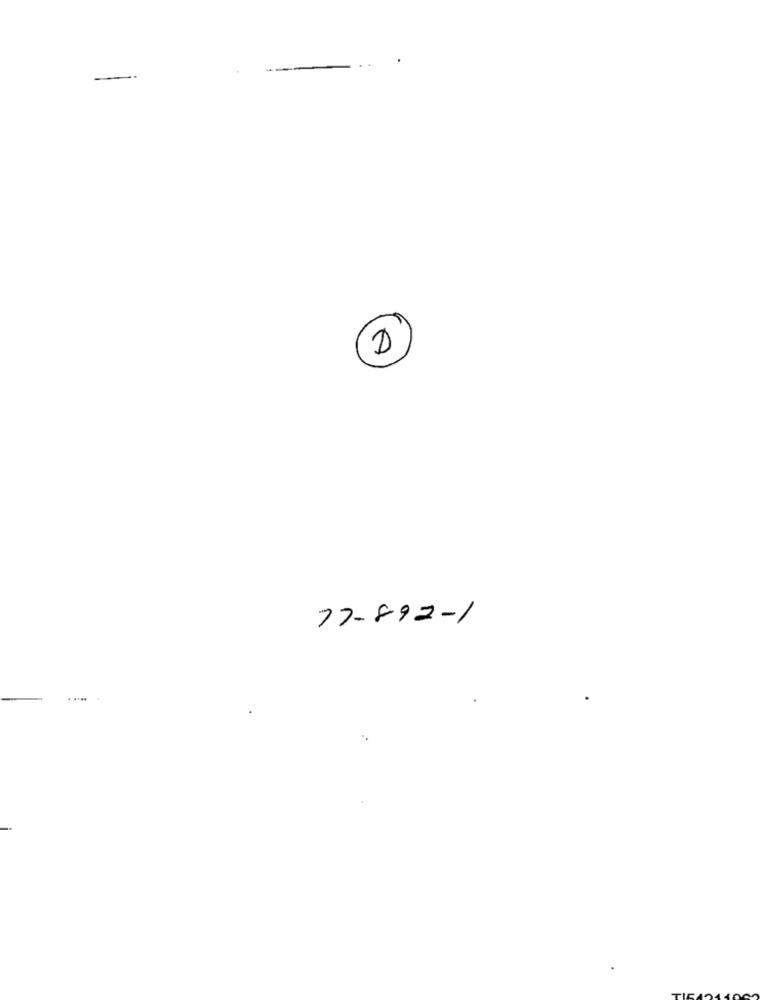
77-892-1